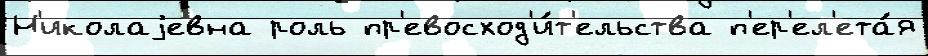
Н'иколаjевна роль пр'евосход'и́т'ельства п'ер'ел'ета́я